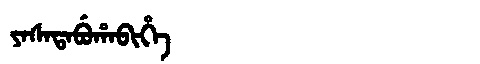
Manchu: ᠶᠠᠰᠠᡨᠠᠪᡠᡥᠠᠪᡳᡥᡝ
Romanization: YASATABUHABIHE